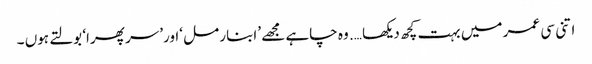
اتنی سی عمر میں بہت کچھ دیکھا …. وہ چاہے مجھے ’ابنار مل ‘اور’سر پھرا‘ بولتے ہوں ۔